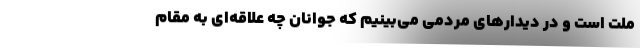
ملت است و در دیدارهای مردمی می‌بینیم که جوانان چه علاقه‌ای به مقام